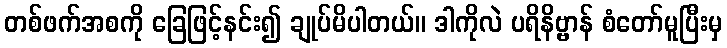
တစ်ဖက်အစကို ခြေဖြင့်နင်း၍ ချုပ်မိပါတယ်။ ဒါကိုလဲ ပရိနိဗ္ဗာန် စံတော်မူပြီးမှ